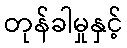
တုန်ခါမှုနှင့်